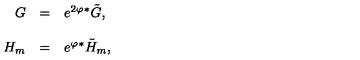
\begin{array} { r c l } { G } & { = } & { e ^ { 2 \varphi } { } ^ { * } \tilde { G } , } \\ { } & { } & { } \\ { H _ { m } } & { = } & { e ^ { \varphi } { } ^ { * } \tilde { H } _ { m } , } \\ \end{array}